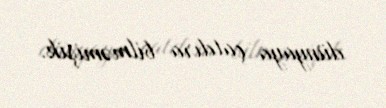
dünyaya çatdıra bilməmişik.